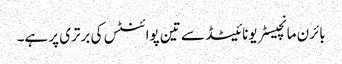
بائرن مانچیسٹر یونائیٹڈ سے تین پوائنٹس کی برتری پر ہے۔